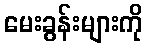
မေးခွန်းများကို